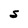
Character: S